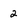
Character: 2